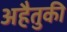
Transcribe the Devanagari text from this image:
अहैतुकी